Kures,_Voldemar, lk 13
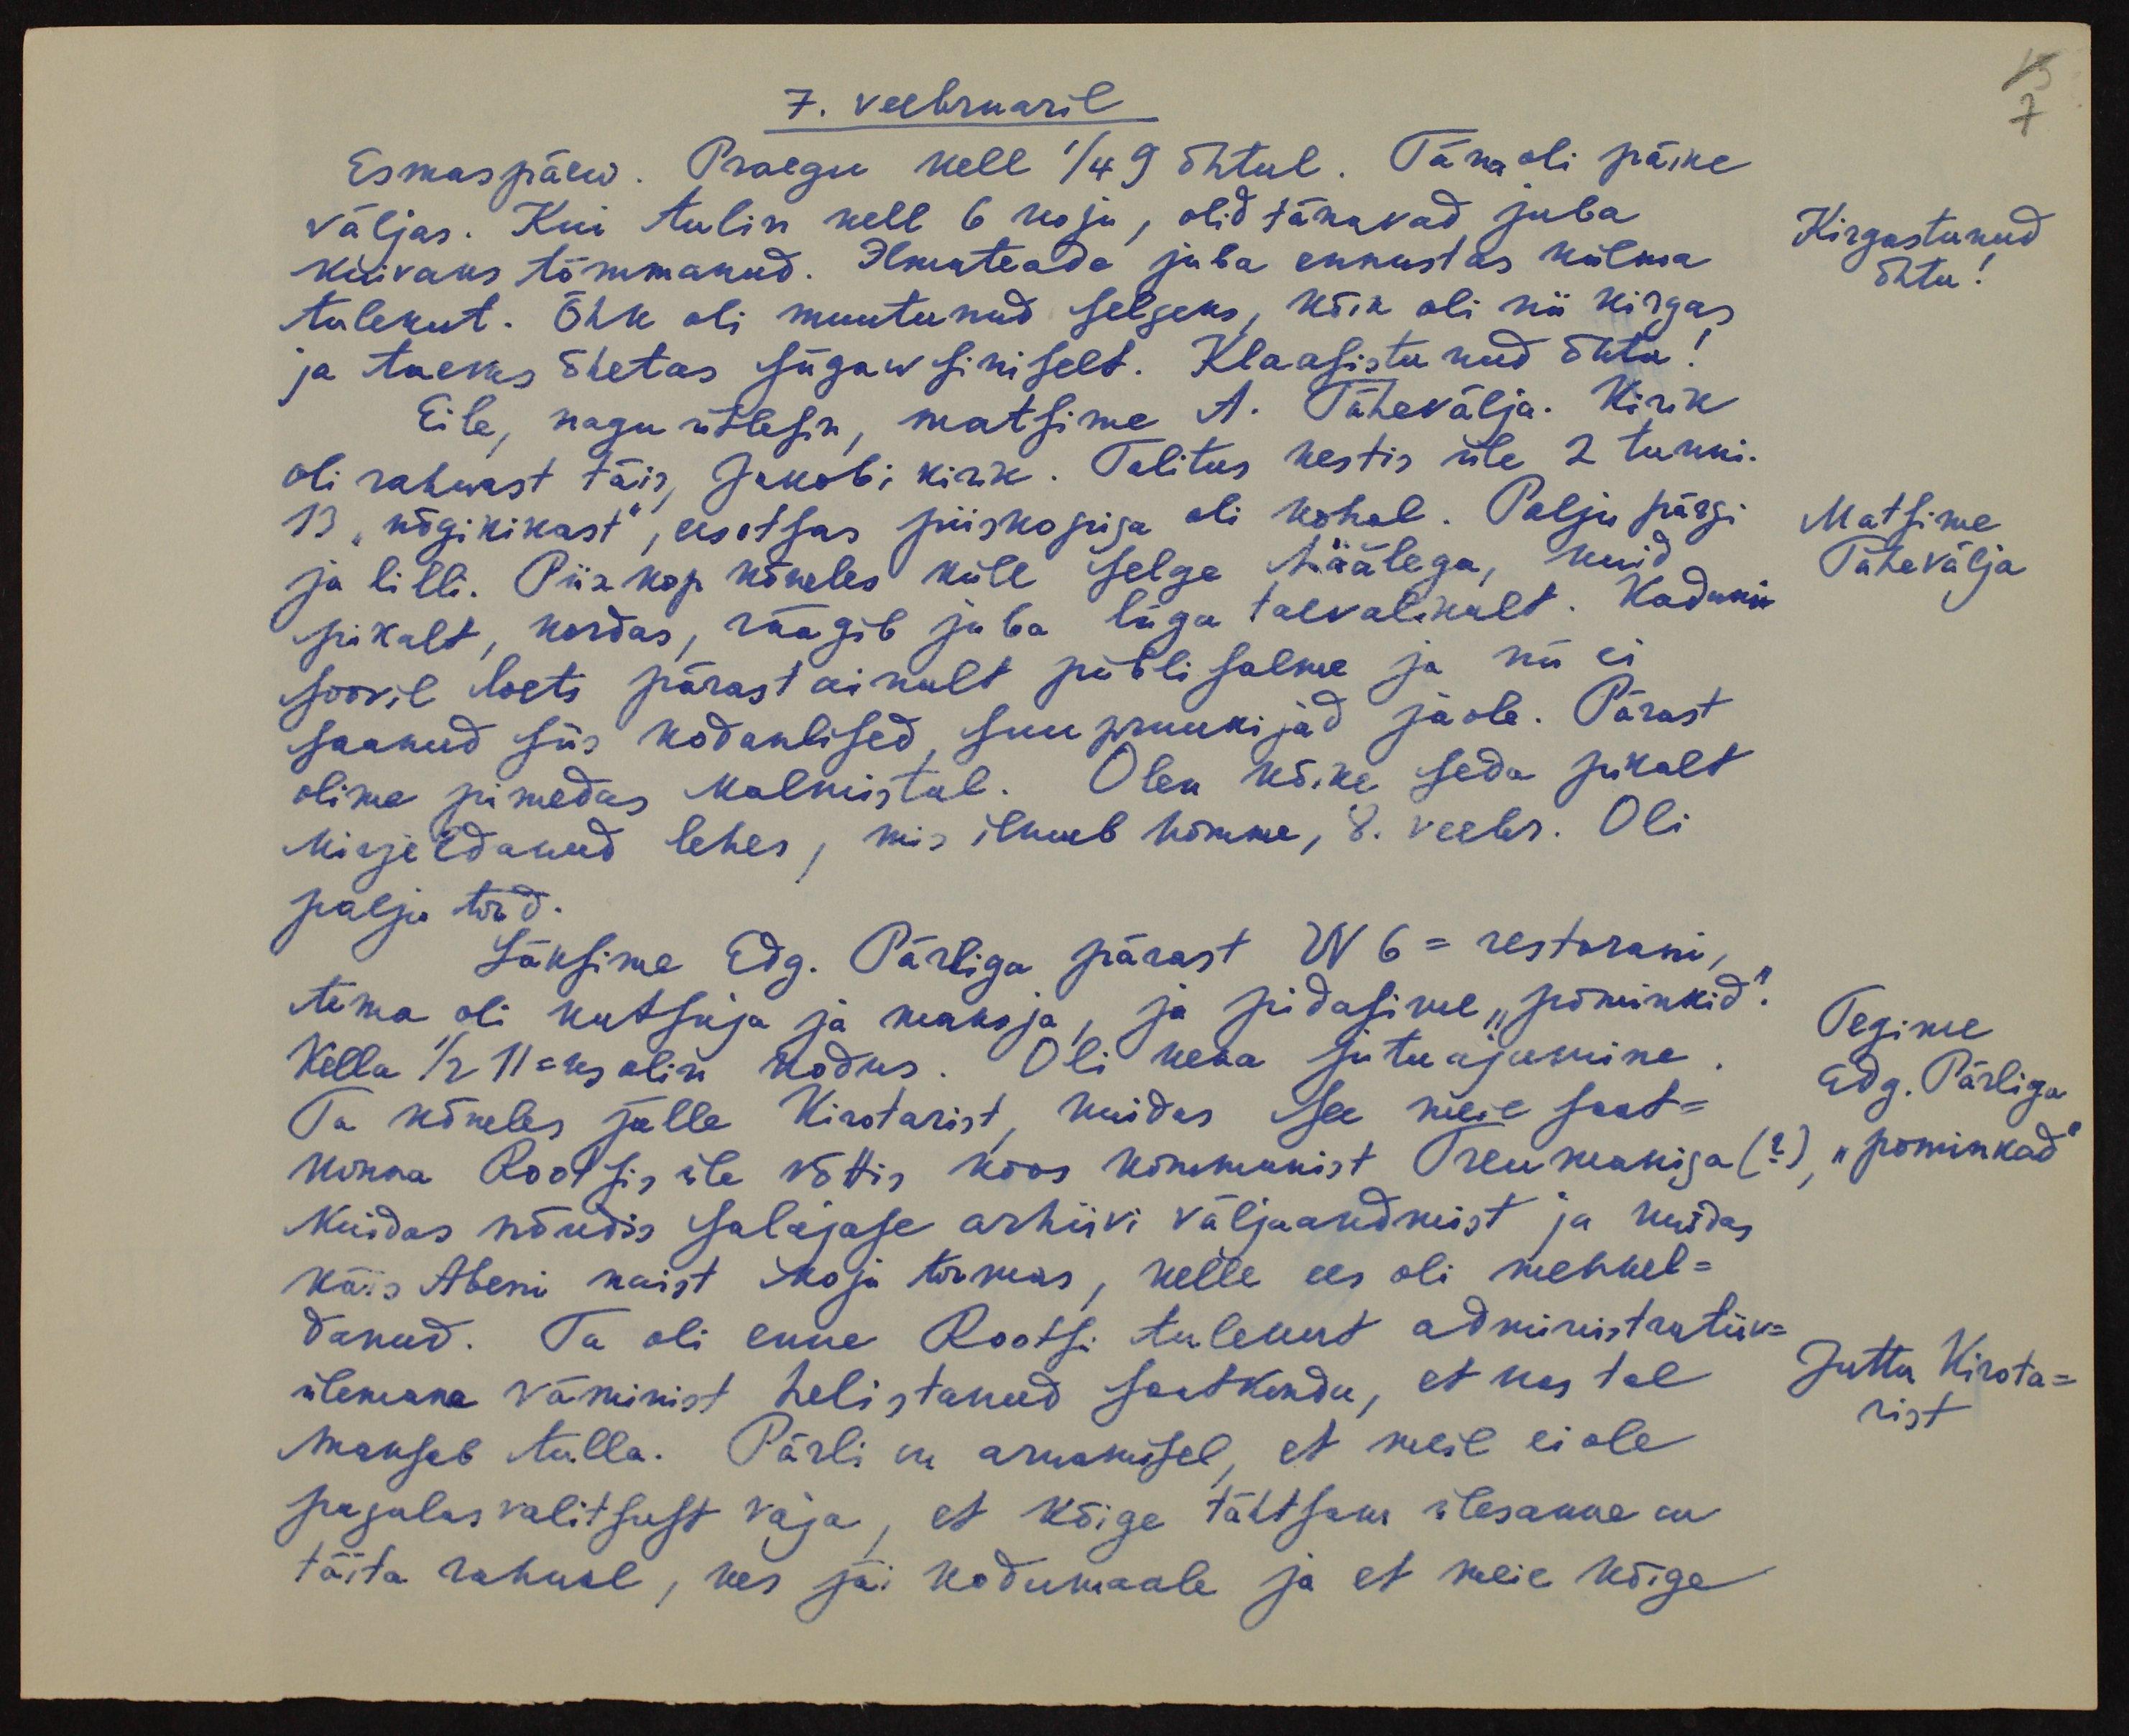
7
7. veebruaril
Esmaspäew. Praegu kell 1/4 9 õhtul. Täna oli päike
väljas. Kui tulin kell 6 koju, olid tänavad juba
kuivaks tõmmanud. Ilmateade juba ennustas külma
Kirgastunud
õhtu!
tulekut. Õhk oli muutunud selgeks, kõik oli nii kirgas
ja taevas õhetas sügaw siniselt. Klaasistunud õhtu!
Eile, nagu ütlesin, matsime A. Tähevälja. Kirik
oli rahwast täis, Jakobi kirk. Talitus kestis üle 2 tunni.
13 "nõgikikast", eesotsas piiskopiga oli kohal. Palju pärgi
Matsime
Tähevälja
ja lilli. Piiskop kõneles küll selge häälega, kuid
pikalt, kordas, räägib juba liiga taevalikult. Kadunu
soovil loeti pärast ainult piibli salme ja nii ei
saanud siis kodanlised, suu pruukijad jaole. Pärast
olime pimedas kalmistul. Olen kõike seda pikalt
kirjeldanud lehes, mis ilmub homme, 8. veebr. Oli
palju tööd.
Läksime Edg. Pärliga pärast N 6 - restorani,
tema oli kutsuja ja maksja, ja pidasime "paminkid".
Tegime
Edg. Pärliga
"paminkad"
Kella 1/2 11-ks olin kodus. Oli kena jutuajamine,
Ta kõneles jälle Kirotarist, kuidas see meie saat-
konna Rootsis üle võttis koos kommunist Treumaniga (?
Kuidas nõudis salajase arhiivi väljaandmist ja kuidas
käis Abeni naist koja Kirveas, kelle ees oli mehkel-
danud. Ta oli enne Rootsi tulekut administratiiv-
ülemana väminist helistanud saatkonda, et kas tal
Juttu Kirota-
rist
maksab tulla. Pärli on arwamisel, et meil ei ole
pagulus valitsust vaja, et kõige tähtsam ülesanne on
täita rahwal, kes jäi kodumaale ja et meie kõige